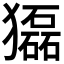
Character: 𤢿